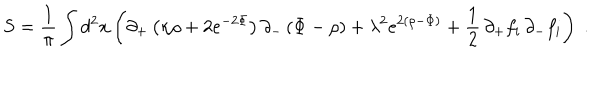
S = { \frac { 1 } { \pi } } \int d ^ { 2 } x \left( \partial _ { + } \left( \kappa \rho + 2 e ^ { - 2 \Phi } \right) \partial _ { - } \left( \Phi - \rho \right) + \lambda ^ { 2 } e ^ { 2 \left( \rho - \Phi \right) } + { \frac { 1 } { 2 } } \, \partial _ { + } f _ { i } \, \partial _ { - } f _ { i } \right) \; .